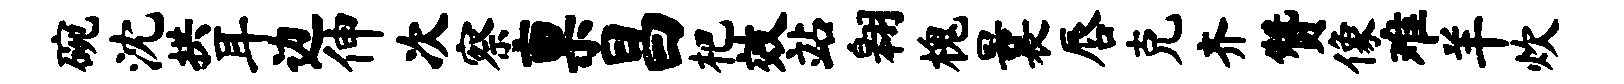
碗沈拱耳边伸次察禀昌杷效站翱槐曩唇克齐赞像难羊炊